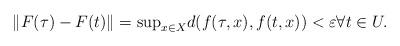
LaTeX: \begin{gather*}\|F(\tau)-F(t)\|={\sup}_{x\in X}d(f(\tau,x),f(t,x))<\varepsilon\forall t\in U.\end{gather*}